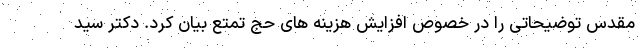
مقدس توضیحاتی را در خصوص افزایش هزینه های حج تمتع بیان کرد. دکتر سید